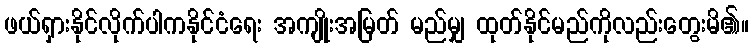
ဖယ်ရှားနိုင်လိုက်ပါကနိုင်ငံရေး အကျိုးအမြတ် မည်မျှ ထုတ်နိုင်မည်ကိုလည်းတွေးမိ၏။